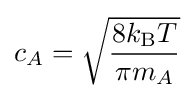
c_{A}={\sqrt {\frac {8k_{\text{B}}T}{\pi m_{A}}}}